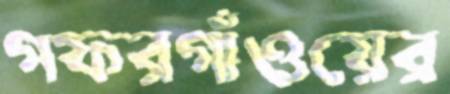
গফরগাঁওয়ের